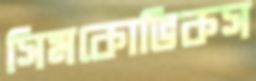
সিমকোভিকস